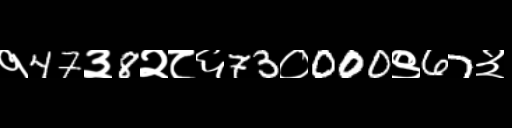
Text: १47३8२८६73०000९67३